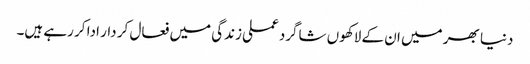
دنیا بھر میں ان کے لاکھوں شاگرد عملی زندگی میں فعال کر دار ادا کر رہے ہیں۔